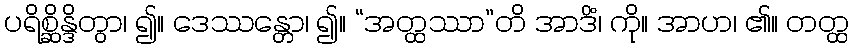
ပရိစ္ဆိန္ဒိတွာ၊ ၍။ ဒေဿန္တော၊ ၍။ “အတ္ထဿာ”တိ အာဒိံ၊ ကို။ အာဟ၊ ၏။ တတ္ထ